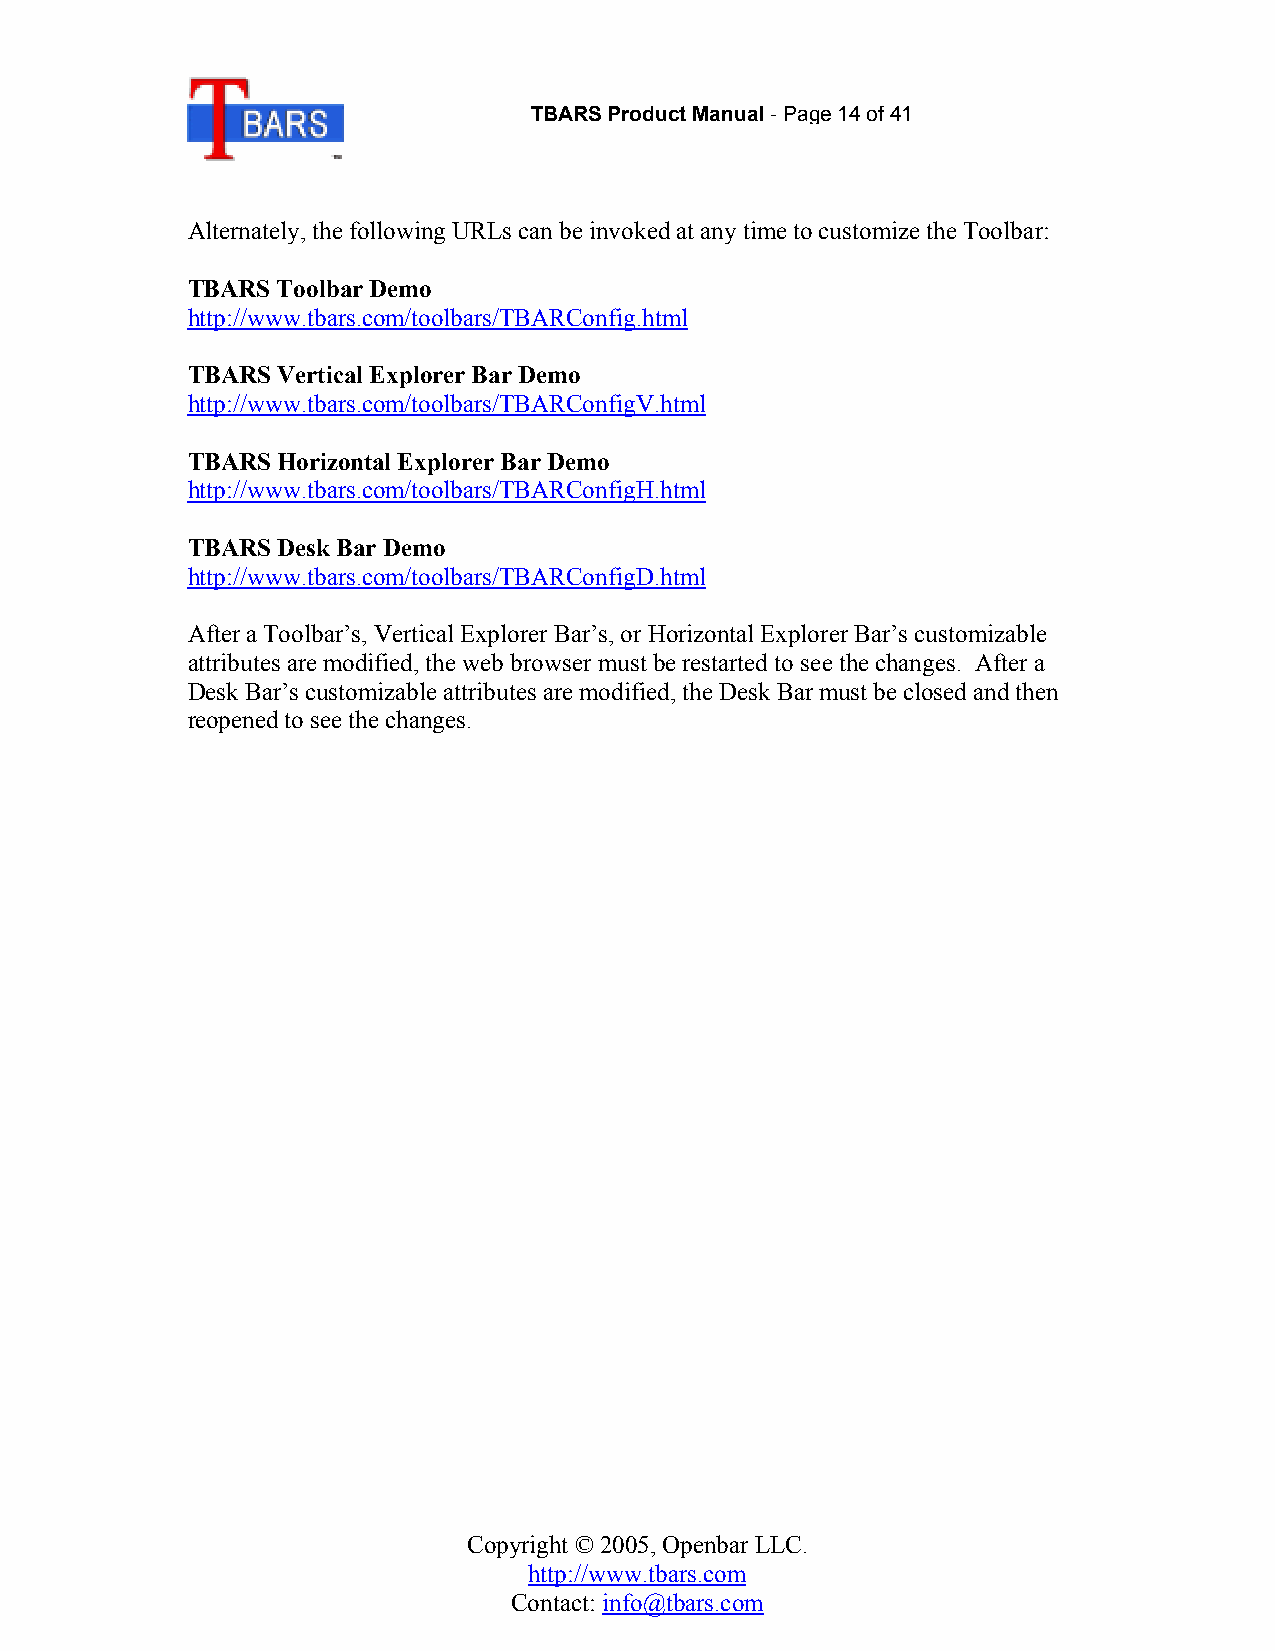
TBARS Product Manual-Page 14of 41
 Alternately, the following URLs can be invoked at any time to customize the Toolbar:
 TBARS Toolbar Demo
 http://www.tbars.com/toolbars/TBARConfig.html
 TBARS Vertical Explorer Bar Demo
 http://www.tbars.com/toolbars/TBARConfigV.html
 TBARS Horizontal Explorer Bar Demo
 http://www.tbars.com/toolbars/TBARConfigH.html
 TBARS Desk Bar Demo
 http://www.tbars.com/toolbars/TBARConfigD.html
 After a Toolbar’s, Vertical Explorer Bar’s, or Horizontal Explorer Bar’s customizable
 attributes are modified, the web browser must be restarted to see the changes. After a
 Desk Bar’s customizable attributes are modified, the Desk Bar must be closed and then
 reopened to see the changes.
 Copyright © 2005, Openbar LLC.
 http://www.tbars.com
 Contact: info@tbars.com